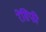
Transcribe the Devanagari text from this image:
रेसिफी